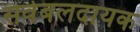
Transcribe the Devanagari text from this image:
सर्वबलदायक